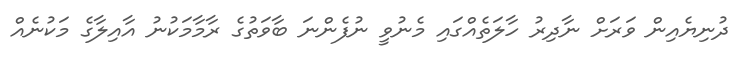
ދުނިޔެއިން ވަރަށް ނާދިރު ހާލަތެއްގައި މެނުވީ ނުފެންނަ ބާވަތުގެ ރާމާމަކުނު އާއިލާގެ މަކުނެއް